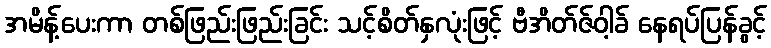
အမိန့်ပေးကာ တစ်ဖြည်းဖြည်းခြင်း သင့်စိတ်နှလုံးဖြင့် ဗီအိတ်ဇ်ဝါ့ခ် နေရပ်ပြန်ခွင့်